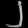
Digit: ၂